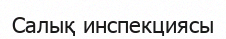
Салық инспекциясы